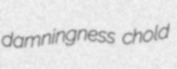
damningness chold